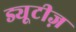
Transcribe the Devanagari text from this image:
ड्यूटीज़